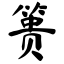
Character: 篑